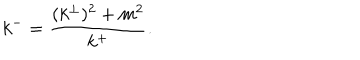
LaTeX: k ^ { - } = \frac { ( k ^ { \perp } ) ^ { 2 } + m ^ { 2 } } { k ^ { + } } .